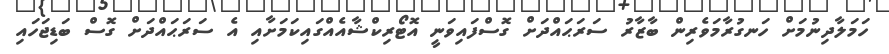
ހަމަލާދިނުމަށް ހަނގުރާމަވެރިން ބާޒާރު ސަރަޙައްދަށް ގޮސްފައިވަނީ އޮޓޯރިކްޝާއެއްގައިކަމަށާއި އެ ސަރަޙައްދަށް ގޮސް ބަޑިޖަހައި